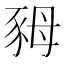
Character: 𧰷